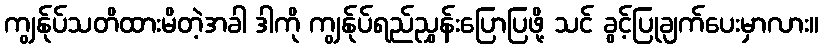
ကျွန်ုပ်သတိထားမိတဲ့အခါ ဒါကို ကျွန်ုပ်ရည်ညွှန်းပြောပြဖို့ သင် ခွင့်ပြုချက်ပေးမှာလား။